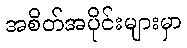
အစိတ်အပိုင်းများမှာ